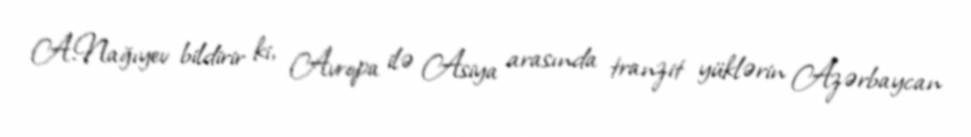
A.Nağıyev bildirir ki, Avropa ilə Asiya arasında tranzit yüklərin Azərbaycan